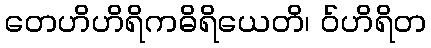
တေဟိဟိရိကဓိရိယေတိ၊ ဝ်ဟိရိတ